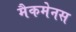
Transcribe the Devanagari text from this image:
मैकमेनस